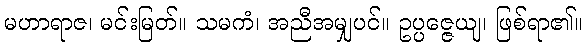
မဟာရာဇ၊ မင်းမြတ်။ သမကံ၊ အညီအမျှပင်။ ဥပ္ပဇ္ဇေယျ၊ ဖြစ်ရာ၏။